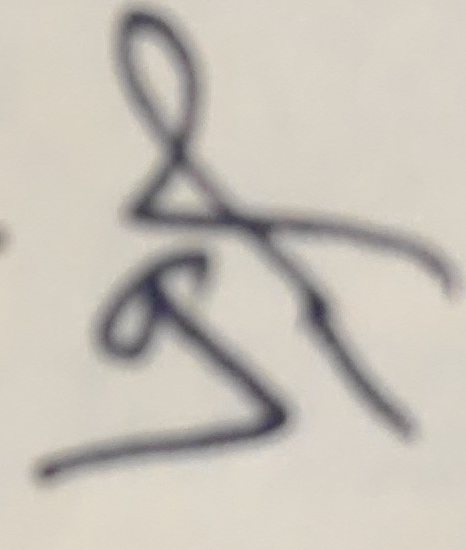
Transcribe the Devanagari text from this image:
श्री